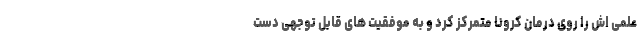
علمی اش را روی درمان کرونا متمرکز کرد و به موفقیت های قابل توجهی دست